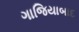
ગાજિયાબાદ